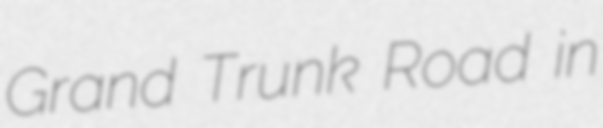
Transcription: Grand Trunk Road in